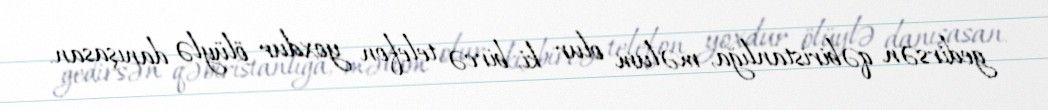
gedirsən qəbiristanlığa, məlum olur ki, bircə telefon yoxdur ölüylə danışasan.